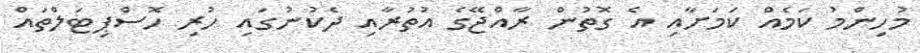
މުހިންމު ކަމެއް ކަމަށާއި އެ ގޮތުން ރާއްޖޭގެ އުތުރާއި ދެކުނުގައި ހުރި ހޮސްޕިޓަލްތައް